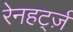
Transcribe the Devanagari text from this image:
रेनहर्ट्ज़